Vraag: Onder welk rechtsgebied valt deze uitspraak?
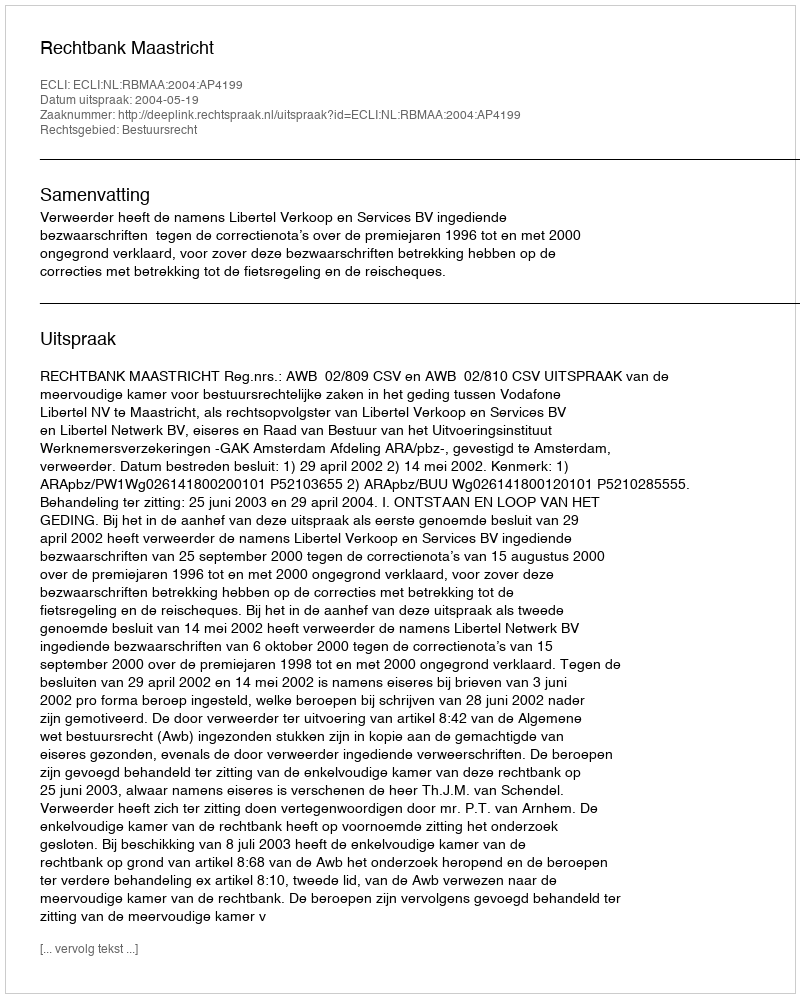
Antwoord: Bestuursrecht